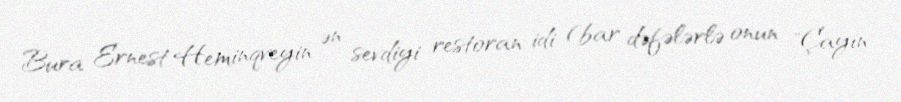
Bura Ernest Heminqveyin ən sevdiyi restoran idi (bar dəfələrlə onun "Çayın